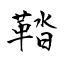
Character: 鞜